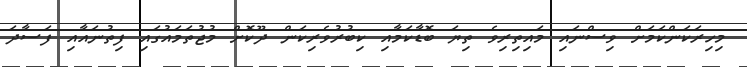
މިހިރަކަންކަމަށް ވިސްނައި މައިތިރިވެ ތިޔަ ބޮޑާކަމާއި ކިބުރުވެރިކަން ދޫކޮށް މުޖުތަމައުގައި ފިތުނައާއި ފަސާދަ